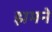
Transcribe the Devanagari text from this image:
झमने